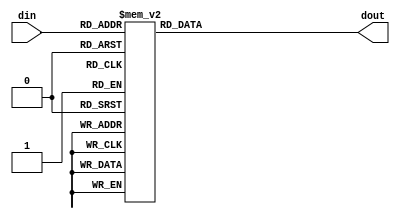
/*
Module name  : decoder.v
Author 	     : W.M.R.R. Wickramasinghe
Date Modified: 31/05/2019
Organization : ABruTECH
Description  : Maps 4 bit encoded number to seven segment display
*/

module decoder(din,dout);

input [3:0] din;
output reg [6:0] dout;


always @(din)
	case(din)
		4'd0:dout<=7'b1000000;
		4'd1:dout<=7'b1111001;
		4'd2:dout<=7'b0100100;
		4'd3:dout<=7'b0110000;
		4'd4:dout<=7'b0011001;
		4'd5:dout<=7'b0010010;
		4'd6:dout<=7'b0000010;
		4'd7:dout<=7'b1111000;
		4'd8:dout<=7'b0000000;
		4'd9:dout<=7'b0011000;
		default:dout<=7'b1000000;
	endcase

endmodule